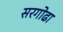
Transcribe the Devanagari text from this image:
सरगोढा